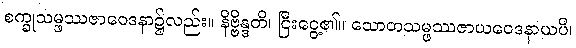
စက္ခုသမ္ဖဿဇာဝေဒနာ၌လည်း။ နိဗ္ဗိန္ဒတိ၊ ငြီးငွေ့၏။ သောတသမ္ဖဿဇာယဝေဒနာယပိ၊